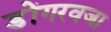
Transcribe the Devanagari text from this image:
डोंगरवजा